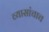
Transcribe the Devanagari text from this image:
व्यासांचाच